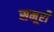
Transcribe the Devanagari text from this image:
समूरी